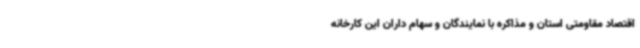
اقتصاد مقاومتی استان و مذاکره با نمایندگان و سهام داران این کارخانه